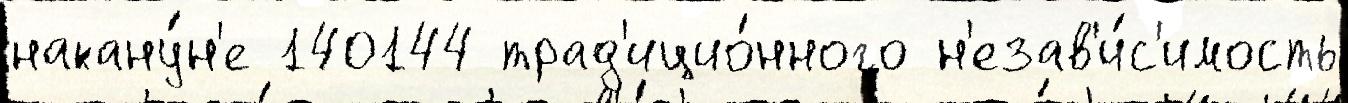
накану́н'е 140144 трад'ицио́нного н'езав'и́с'имость